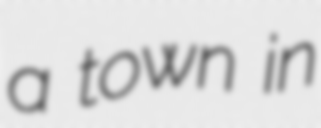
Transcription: a town in